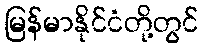
မြန်မာနိုင်ငံတို့တွင်